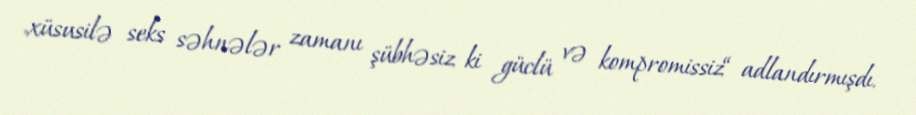
„xüsusilə seks səhnələr zamanı şübhəsiz ki güclü və kompromissiz“ adlandırmışdı.